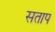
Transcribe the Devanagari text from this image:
सताप